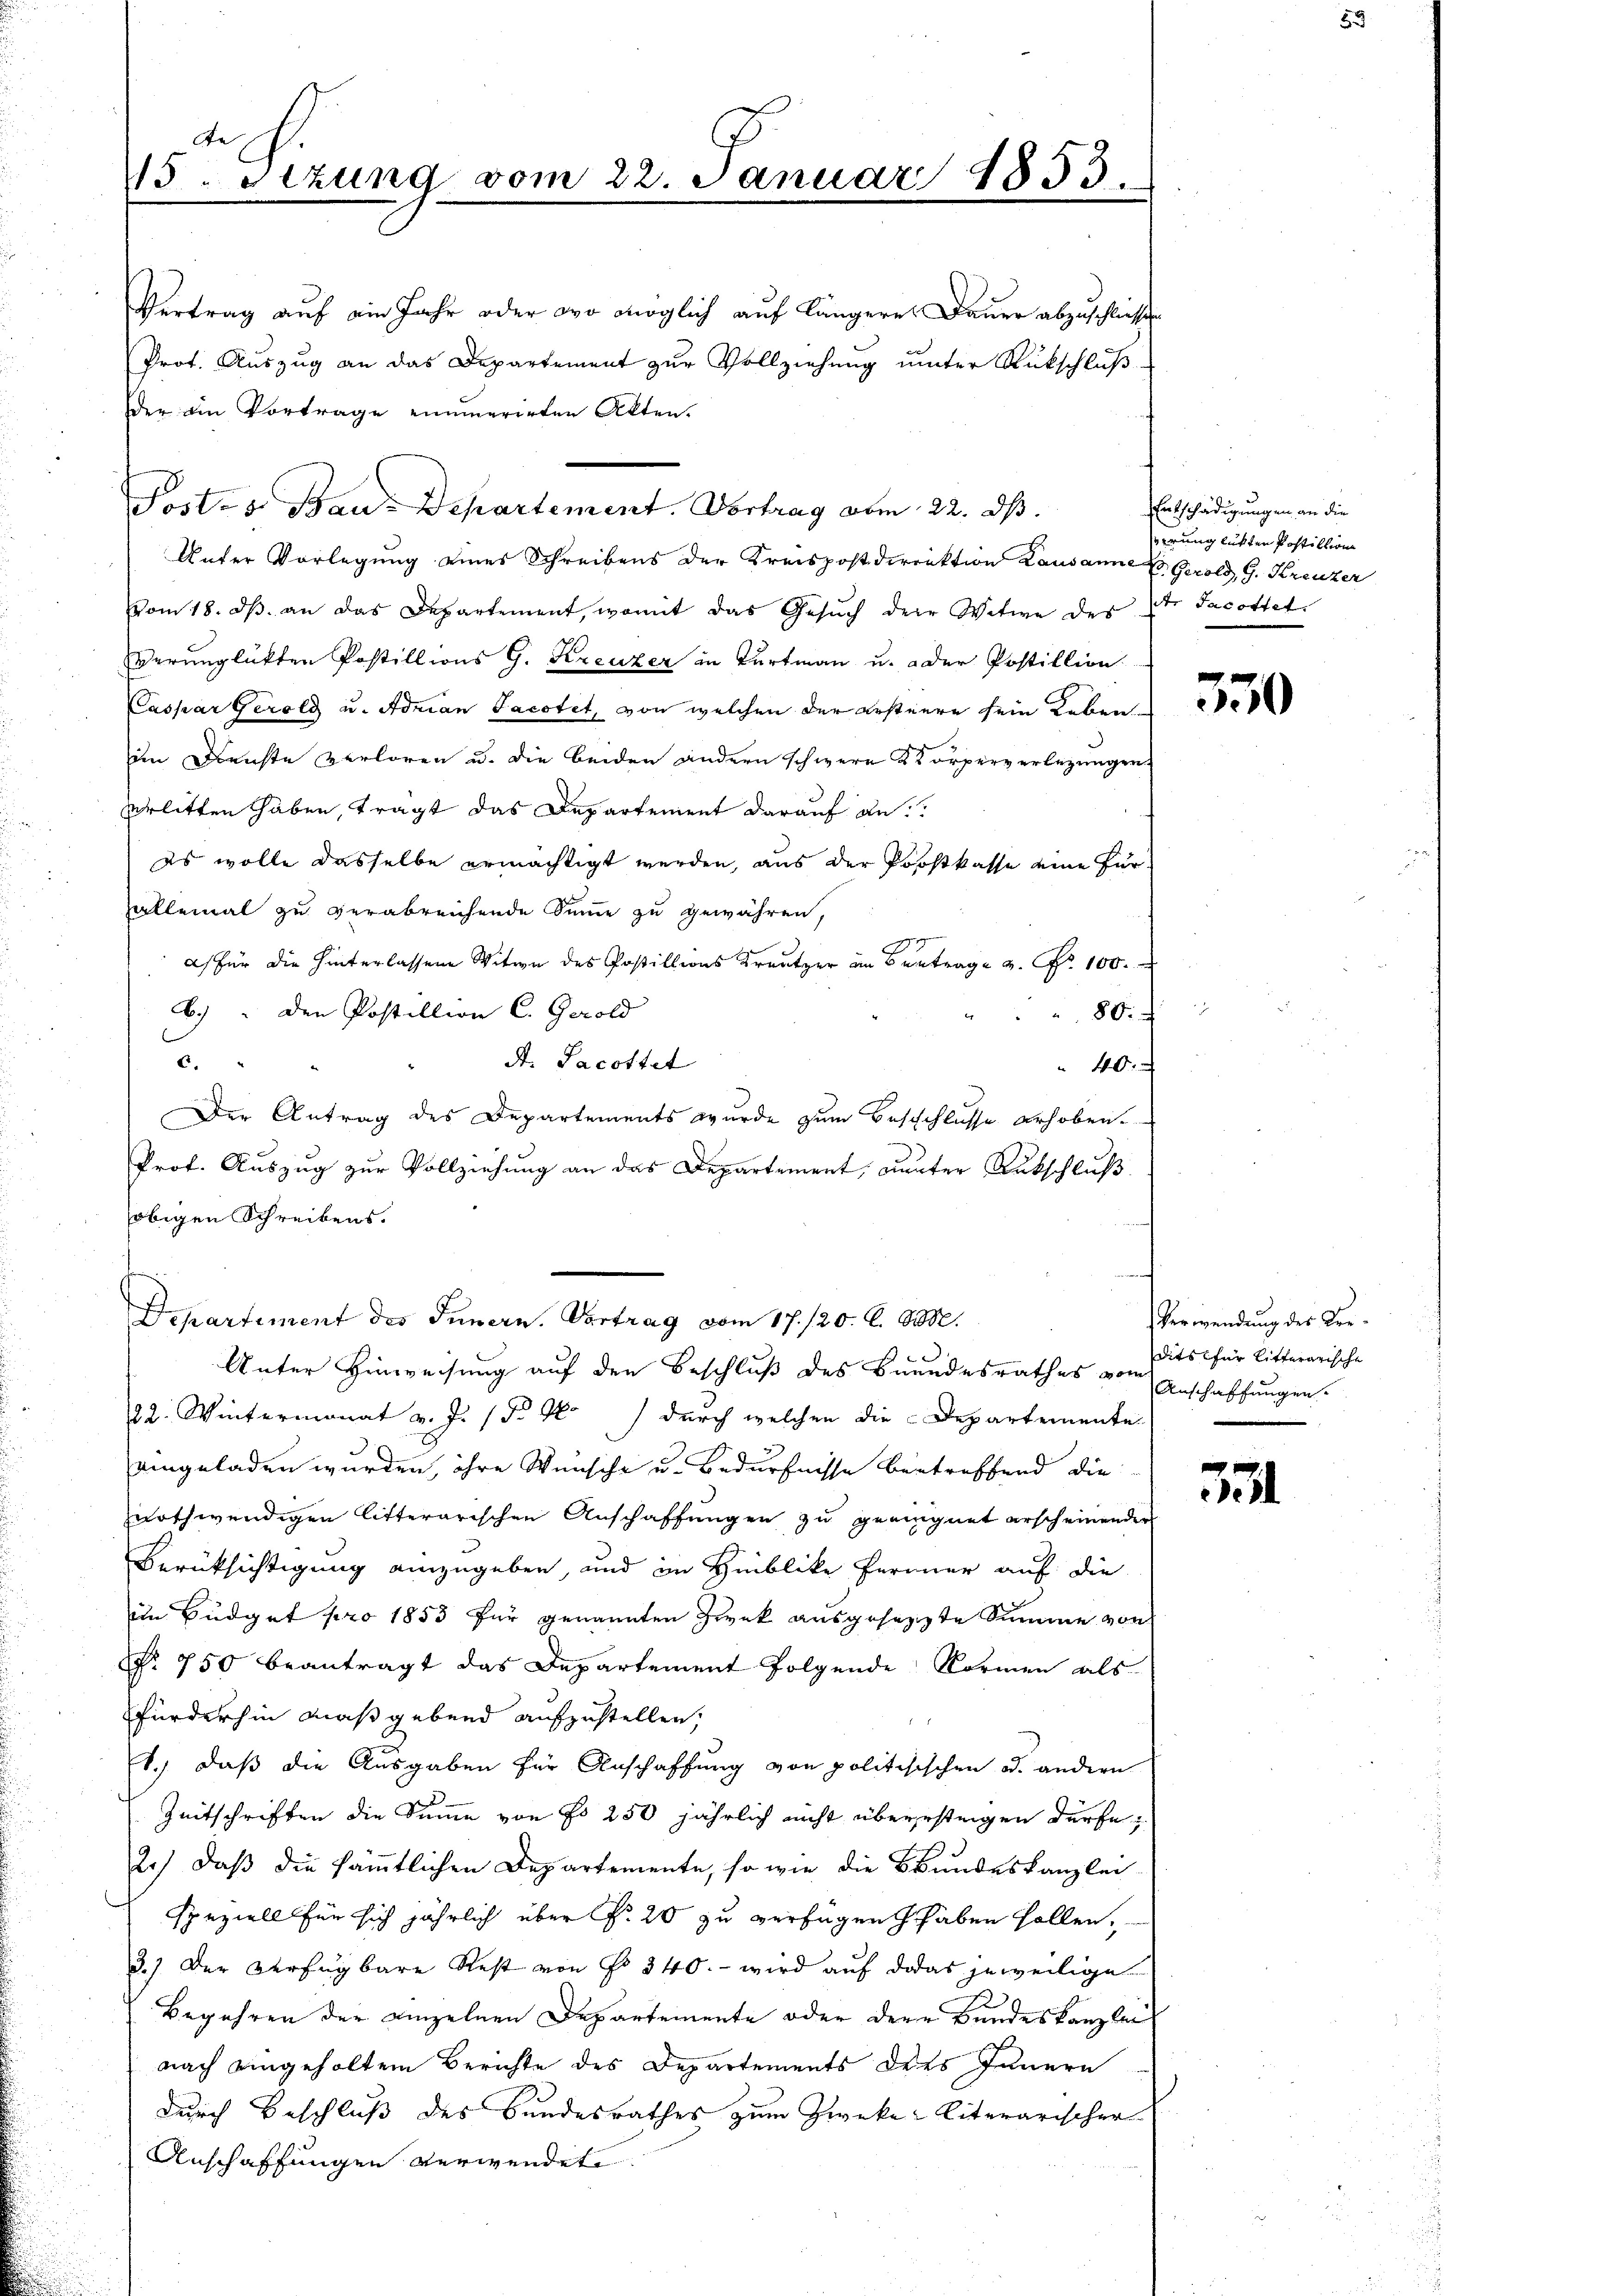
te
15. Stzung vom 22. Januar 1853.

Vertrag auf ein Jahr oder wo möglich auf längere Dauer abzuschließen
Prot. Auszug an das Departement zur Vollziehung unter Rückschluß-
der am Vortrage einerirten Akten.
Unter Vorlegung eines Schreibens der Kreispostdirrektion Lausanne Er Gerold G. Kreuzer
vom 18. dβ an das Departement, womit das Gesŭch der Witwe des
verunglükten Postillions G. Kreuzer in Turtmann u. oder Postillion
Caspar Gerold u. Adrian Jacotet, von welchen der ersteure sein Leben
im Dienste verloren u. die beiden andern schwere Körperverlegungen
erlitten haben, trägt das Departement darauf de
es wolle dasselbe ermächtigt werden, aus der Postkasse eine Fürhallemal zu verabreichende Summe zu gewähren,
a) für die hinterlassene Witwe des Postillons Kreuzer in Betrag u. Nr. 100.
6.) " den Postillion C. Gerold
80.
St. Jacottet
6.
40.
Der Antrag des Departements wurde zum Beschlusse erhoben.
Prof. Auszug zur Vollziehung an das Departement, unter Rutschluß
obigen Schreibens.
Departiment des Innern. Vortrag vom 17./20. S. 808.
Unter Hinweisung auf den Beschluß des Beundesrathes vom
22. Wintermonat v. J. 1 d. M. durch welchen die Departemente
eingeladen wurden, ihre Wünsche u. Bedürfnisse betreffend die
nothwendigen litterarischen Anschaffungen zu geeignet erscheinender
Berüksichtigung einzugeben, und im Hinblicke Ferner auf die
im Büdget pro 1853 für genannten Zweck ausgesetzte Summe von
. 750 beantragt das Departement folgende Normen als
fürderhin maßgebend aufzustellen,
1.) daß die Ausgaben für Anschaffung von politisischen od. andern
Zeitschriften die Summe von No 250 jährlich nicht überstingen dürfe;
2.) Daß die sämmtlichen Departemente, so wie die Bundeskanzlei
speziell für sich jährlich über fr. 20 zu verfügen haben sollen.
3.) Der Verfügbare Rest von No 340. - wird auf das jeweilige
Begehren der einzelnen Departemente oder dere Bundeskanzlei
nach eingeholtem Berichte des Departements ders Innern
durch Beschluß des Bundesrathes zum Zweke-literarischer
Anschaffungen verwendet

Post. v. Bau-Departement. Vortrag vom 22. ds.

Entschädigungen an die
erunglükten Postillione
r Jacottet.

350

Verwendung des Kredits für litterarische
Anschaffungen.

531